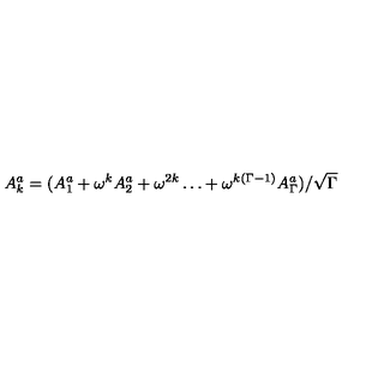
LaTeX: A _ { k } ^ { a } = ( A _ { 1 } ^ { a } + \omega ^ { k } A _ { 2 } ^ { a } + \omega ^ { 2 k } \ldots + \omega ^ { k ( \Gamma - 1 ) } A _ { \Gamma } ^ { a } ) / \sqrt { \Gamma }